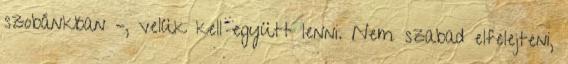
szobánkban –, velük kell együtt lenni. Nem szabad elfelejteni,